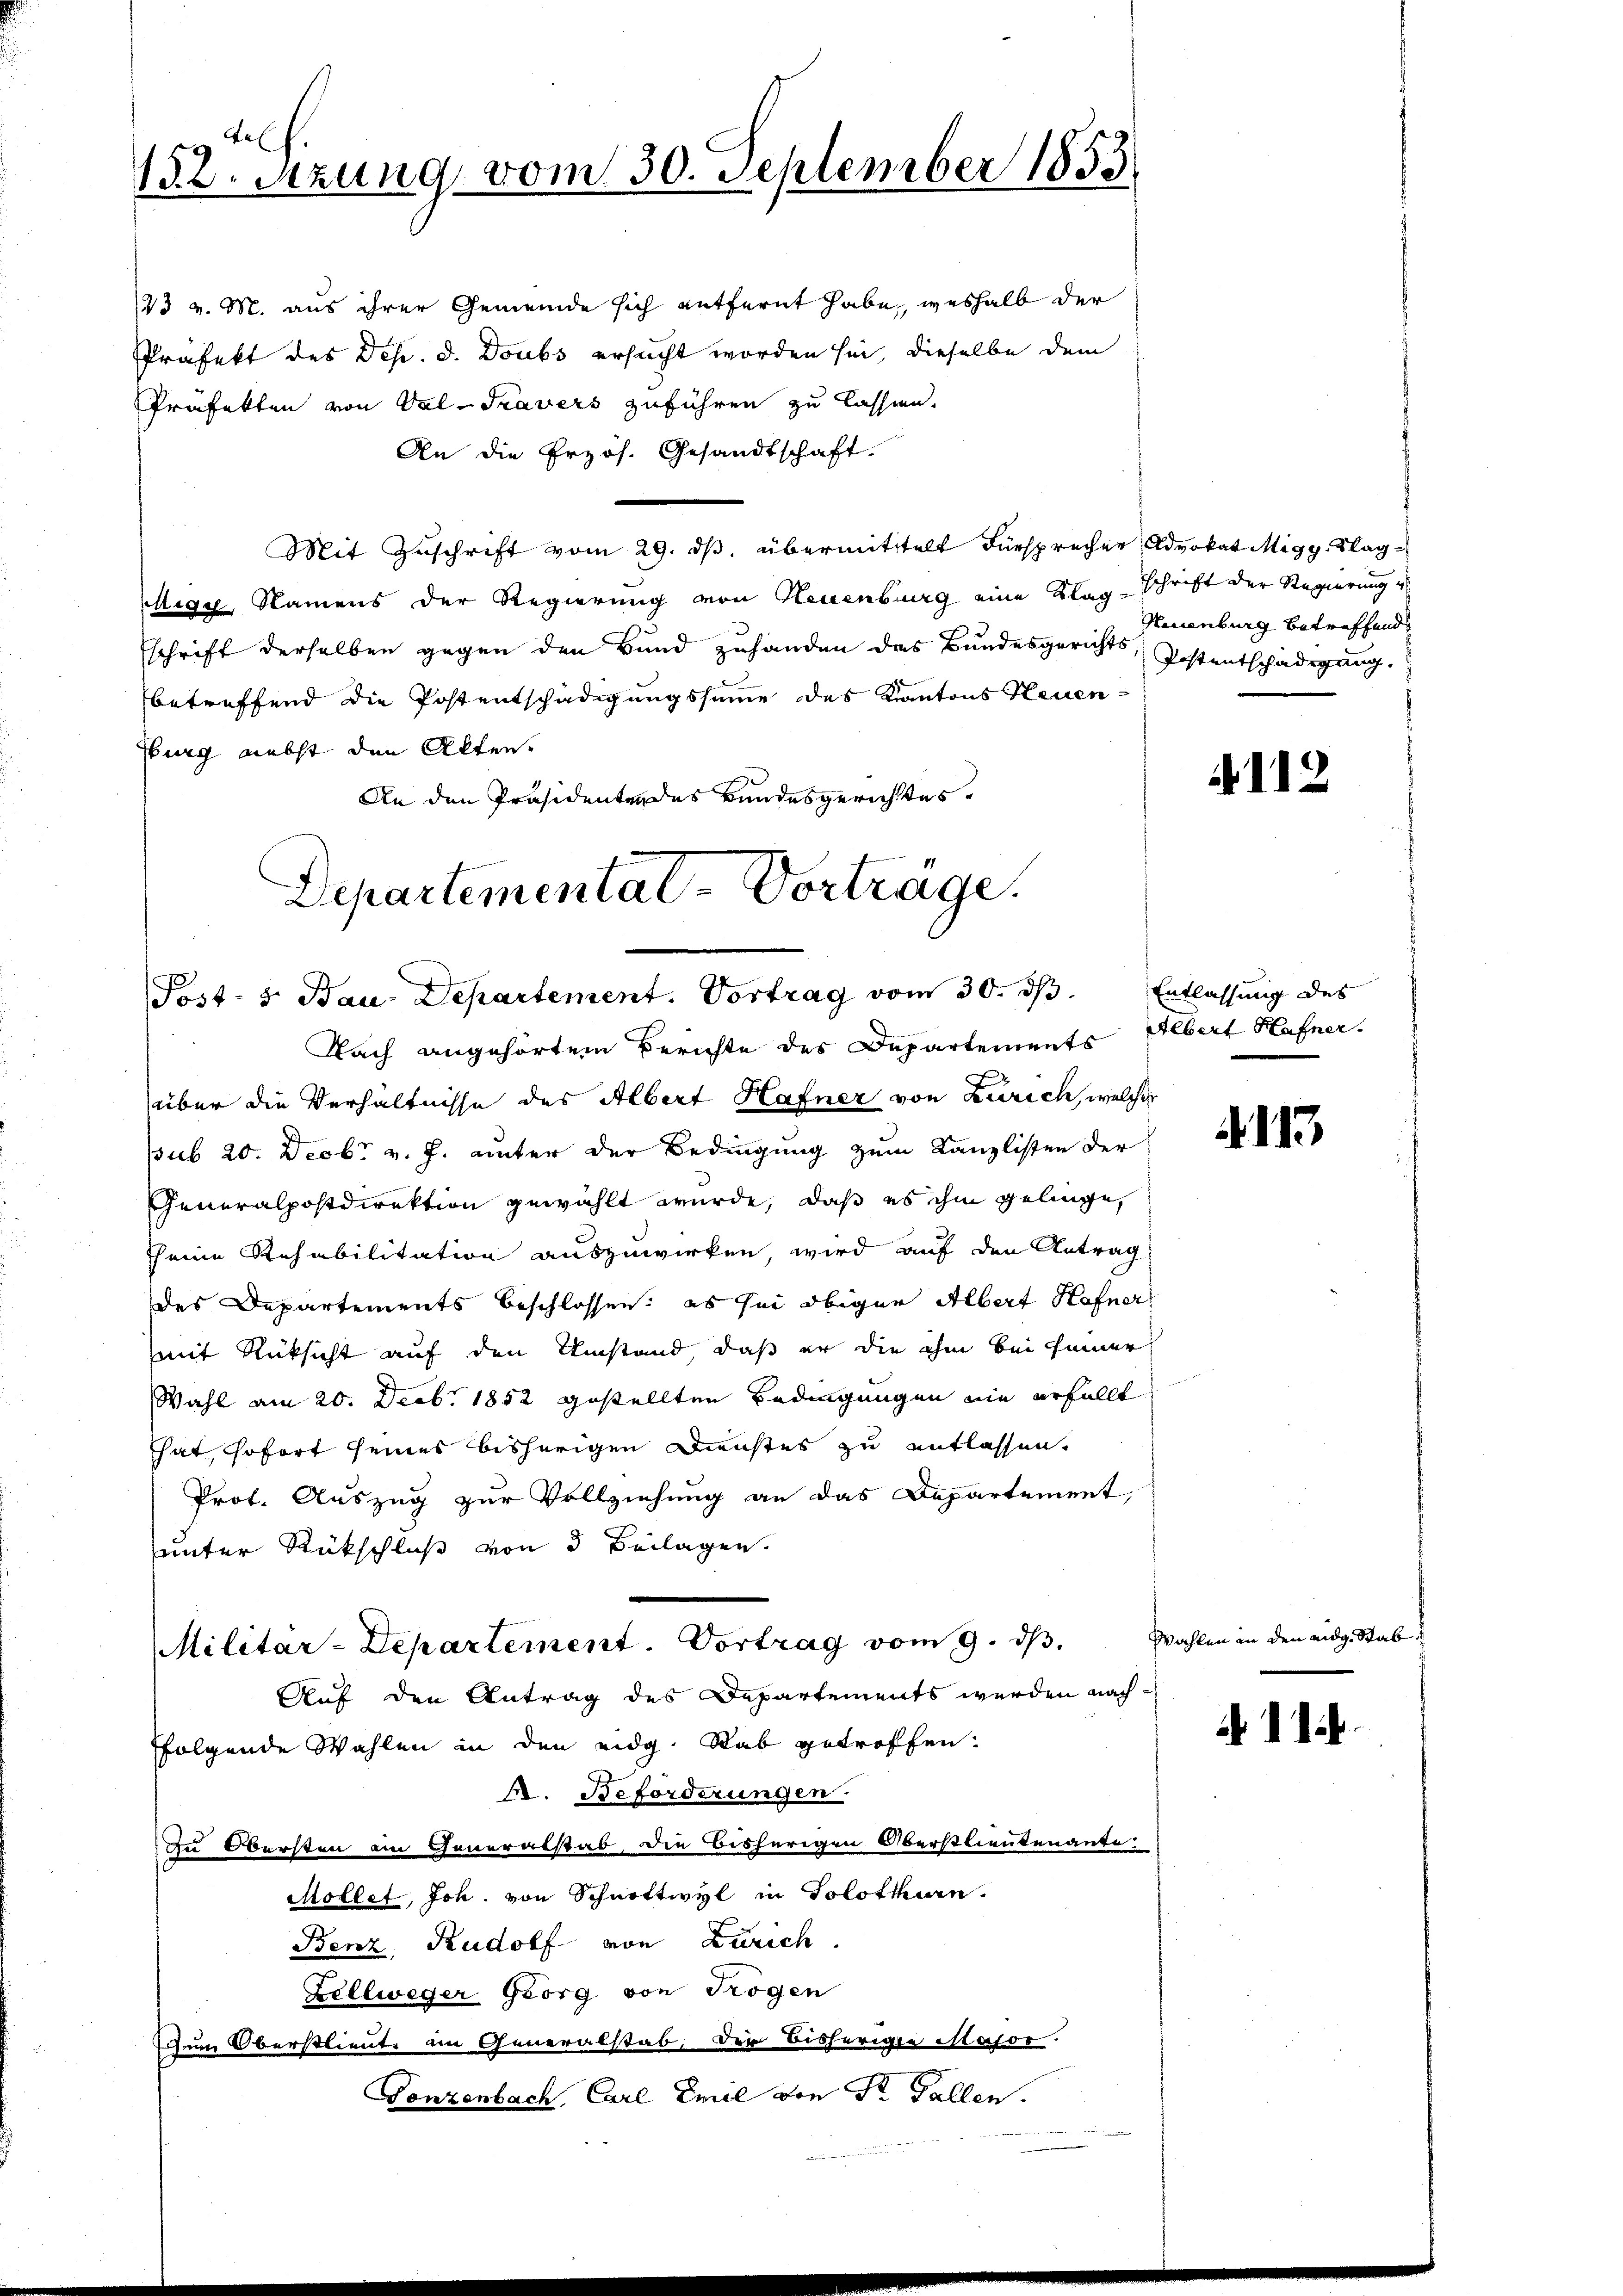
dels.
152. Setzung vom 30. September 1855.

23 v. M. aus ihrer Gemeinde sich entfernt habe, weshalb der
Präfekt des Dep. d. Doubs ersucht worden sei, dieselbe dem
Präfekten von Val-Travers zuführen zu lassen.
An die Erzös. Gesandtschaft.
Mit Zuschrift vom 29. dβ übermittelt Fürsprecher Advokat Migg. Klag¬
Megy, Namens der Regierung von Neuenburg eine Klagschrift der Regierung
schrift derselben gegen den Bund zuhanden des Bundesgerichts, Postentschädigung.
betreffend die Postentschädigungssumme des Kantons Neuen-
Burg nebst den Alten.
An den Präsidenten des Bundesgerichtes,
Departemental-Vorträge.

Post- & Bau-Departement. Vortrag vom 30. ds. Entlassung des
Nach angehörtem Berichte des Departements Albert Hafner

über die Verhältnisse des Albert Hafner von Zürich, welcher
ssub 20. Decbr v. J. unter der Bedingung zum Kanzlisten der
Generalpostdirektion gewählt wurde, daß es ihm gelinge,
seine Rehabilitation auszuwirken, wird auf den Antrag:
des Departements Beschlossen: es sei obiger Albert Hafner
mit Rücksicht auf den Umstand, daß er die ihm bei seiner
Wahl am 20. Decbr. 1852 gestellten Bedingungen ein erfällt
That, sofort seines bisherigen Dienstes zu entlassen.
Prot. Auszug zur Vollziehung an das Departement,
unter Rückschluß von 3 Beilagen.
Militar-Departement. Vortrag vom 9. dβ.
Auf den Antrag des Departements werden nachfolgende Wahlen in den eidg. Rab getroffen:
M. Beforderungen.
An Obersten an Generalstab, die bisherigen Oberstlieutenante.
Möllet, Joh. von Schnettwyl in Solothurn.
Benz, Rudolf von Zürich
Zellweger Georg von Trogen
Ich um Oberstlieute im Generalstab, der bisherige Major.
Fonzenbach, Carl Emil von St. Gallen.

Neuenburg betreffend

112

113

Wahlen in den eidg. Stab

11.